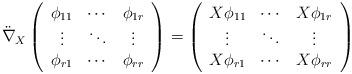
LaTeX: \begin{align*}\ddot{\nabla}_X\left(\begin{array}{ccc}\phi_{11} & \cdots & \phi_{1r} \\\vdots & \ddots & \vdots \\\phi_{r1} & \cdots & \phi_{rr} \end{array} \right)=\left(\begin{array}{ccc}X\phi_{11} & \cdots & X\phi_{1r} \\\vdots & \ddots & \vdots \\X\phi_{r1} & \cdots & X\phi_{rr} \end{array} \right)\end{align*}